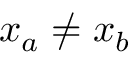
x _ { a } \neq x _ { b }